Annual statistical returns and brief notes on vaccination in Bengal - 1909-1929
Year: 1909
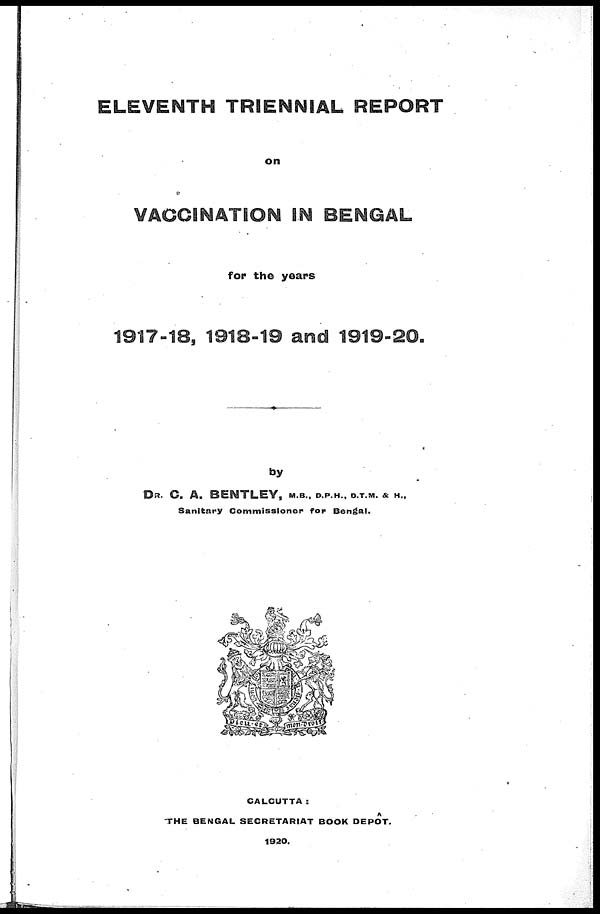
ELEVENTH TRIENNIAL REPORT
on
VACCINATION IN BENGAL
for the years
1917-18, 1918-19 and 1919-20.
by
DR. C. A. BENTLEY, M.B., D.P.H., D.T.M. & H.,
Sanitary Commissioner for Bengal.
CALCUTTA :
THE BENGAL SECRETARIAT BOOK DEPÔT.
1920.